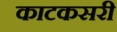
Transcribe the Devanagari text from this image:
काटकसरी